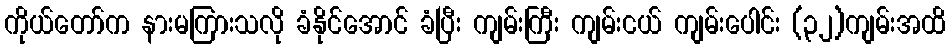
ကိုယ်တော်က နားမကြားသလို ခံနိုင်အောင် ခံပြီး ကျမ်းကြီး ကျမ်းငယ် ကျမ်းပေါင်း (၃၂)ကျမ်းအထိ